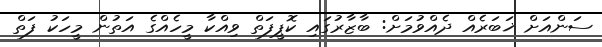
ސަންއަށް ޚަބަރެއް ދެއްވުމަށް: ބާޒާރުގައި ކޮޕީފަތް ވިއްކާ މީހެއްގެ އަތުން މީހަކު ފަތް